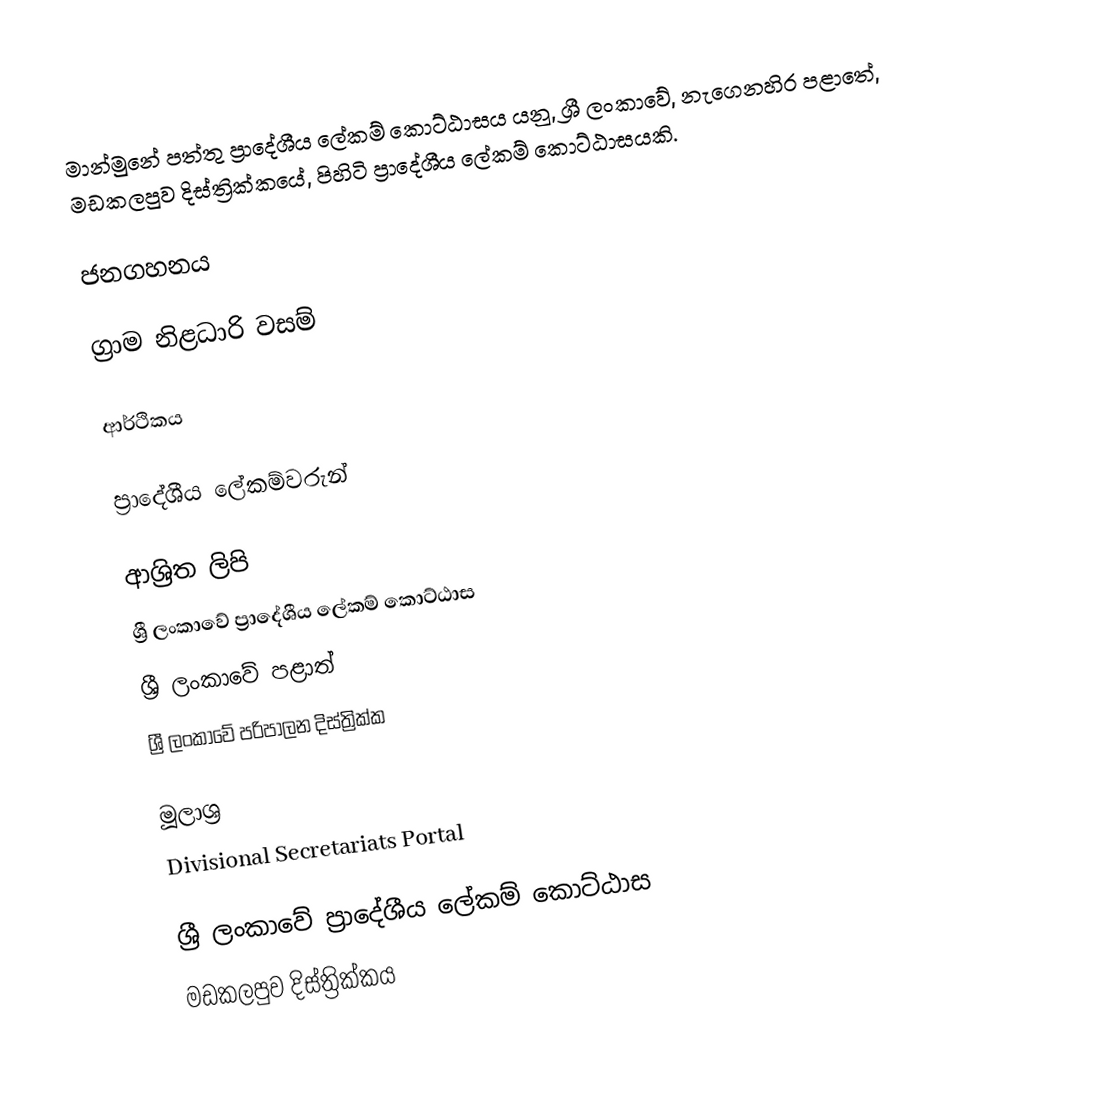
මාන්මුනේ පත්තු ප්‍රාදේශීය ලේකම් කොට්ඨාසය යනු,  ශ්‍රී ලංකාවේ, නැගෙනහිර පළාතේ,   මඩකලපුව දිස්ත්‍රික්කයේ, පිහිටි ප්‍රාදේශීය ලේකම් කොට්ඨාසයකි.

ජනගහනය

ග්‍රාම නිළධාරි වසම්

ආර්ථිකය

ප්‍රාදේශීය ලේකම්වරුන්

ආශ්‍රිත ලිපි
ශ්‍රී ලංකාවේ ප්‍රාදේශීය ලේකම් කොට්ඨාස
ශ්‍රී ලංකාවේ පළාත්
ශ්‍රී ලංකාවේ පරිපාලන දිස්ත්‍රික්ක

මූලාශ්‍ර
 Divisional Secretariats Portal

ශ්‍රී ලංකාවේ ප්‍රාදේශීය ලේකම් කොට්ඨාස
මඩකලපුව දිස්ත්‍රික්කය